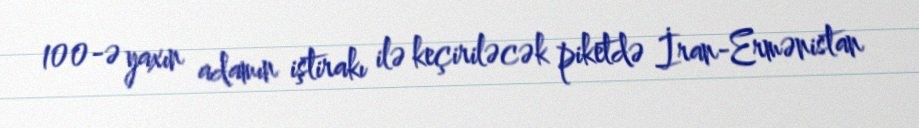
100-ə yaxın adamın iştirakı ilə keçiriləcək piketdə İran-Ermənistan